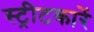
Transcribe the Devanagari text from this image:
स्ट्रीटकारें